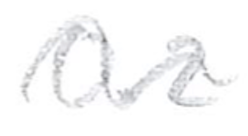
Text: 0.2
Cross-out: wave
Writing tool: pencil